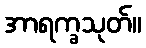
အာရက္ခသုတ်။